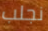
نجلب